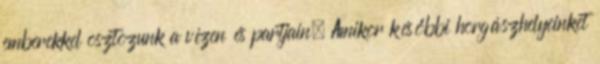
emberekkel osztozunk a vízen és partjain. Amikor későbbi horgászhelyeinket